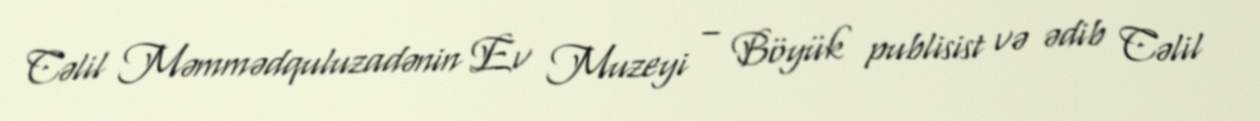
Cəlil Məmmədquluzadənin Ev Muzeyi – Böyük publisist və ədib Cəlil